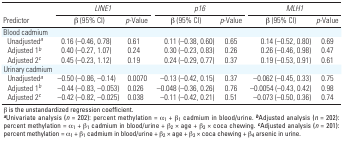
<table><thead><tr><td colspan="2"><b>LINE1 </b></td><td colspan="2"><b>p16</b></td><td colspan="2"><b>MLH1</b></td></tr><tr><td><b>Predictor</b></td><td><b>β (95% CI)</b></td><td><b>p-Value</b></td><td><b>β (95% CI)</b></td><td><b>p-Value</b></td><td><b>β (95% CI)</b></td><td><b>p-Value</b></td></tr></thead><tbody><tr><td>Blood cadmium</td><td></td><td></td><td></td><td></td><td></td><td></td><td></td><td></td><td></td></tr><tr><td>Unadjusteda</td><td></td><td>0.16 (–0.46, 0.78)</td><td>0.61</td><td></td><td>0.11 (–0.38, 0.60)</td><td>0.65</td><td></td><td>0.14 (–0.52, 0.80)</td><td>0.69</td></tr><tr><td>Adjusted 1b</td><td></td><td>0.40 (–0.27, 1.07)</td><td>0.24</td><td></td><td>0.30 (–0.23, 0.83)</td><td>0.26</td><td></td><td>0.26 (–0.46, 0.98)</td><td>0.47</td></tr><tr><td>Adjusted 2c</td><td></td><td>0.45 (–0.23, 1.12)</td><td>0.19</td><td></td><td>0.24 (–0.29, 0.77)</td><td>0.37</td><td></td><td>0.19 (–0.53, 0.91)</td><td>0.61</td></tr><tr><td colspan="2">Urinary cadmium</td><td></td><td></td><td></td><td></td><td></td><td></td><td></td><td></td></tr><tr><td>Unadjusteda </td><td></td><td>–0.50 (–0.86, –0.14)</td><td>0.0070</td><td></td><td>–0.13 (–0.42, 0.15)</td><td>0.37</td><td></td><td>–0.062 (–0.45, 0.33)</td><td>0.75</td></tr><tr><td>Adjusted 1b</td><td></td><td>–0.44 (–0.83, –0.053)</td><td>0.026</td><td></td><td>–0.048 (–0.36, 0.26)</td><td>0.76</td><td></td><td>–0.0054 (–0.43, 0.42)</td><td>0.98</td></tr><tr><td>Adjusted 2c</td><td></td><td>–0.42 (–0.82, –0.025)</td><td>0.038</td><td></td><td>–0.11 (–0.42, 0.21) </td><td>0.51</td><td></td><td>–0.073 (–0.50, 0.36)</td><td>0.74</td></tr><tr><td colspan="10">β is the unstandardized regression coefficient. aUnivariateanalysis (n = 202): percent methylation = α1 + β1 cadmium inblood/urine. bAdjusted analysis (n = 202): percent methylation = α1 + β1cadmium in blood/urine + β2 × age + β3 × coca chewing. cAdjustedanalysis (n = 201): percent methylation = α1 + β1 cadmium in blood/urine+ β2 × age + β3 × coca chewing + β4 arsenic in urine.</td></tr></tbody></table>